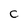
Character: C